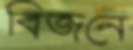
বিজনে